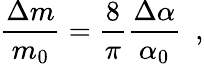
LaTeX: \frac{\Delta m}{m_{0}}=\frac{8}{\pi}\frac{\Delta\alpha}{\alpha_{0}}~~,